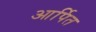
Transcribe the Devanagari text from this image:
आर्पित